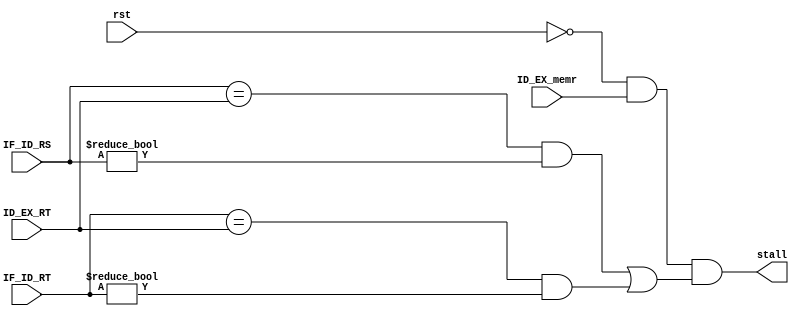
// 0317001_0310511
module Lw_Hazard_Detection(
    rst,
    IF_ID_RS,
    IF_ID_RT,
    ID_EX_RT,
    ID_EX_memr,
    stall
    );

input        rst;
input  [4:0] IF_ID_RS;
input  [4:0] IF_ID_RT;
input  [4:0] ID_EX_RT;
input        ID_EX_memr;

output       stall;

assign stall = !rst && ID_EX_memr
    && ( (IF_ID_RS==ID_EX_RT && IF_ID_RS!=0) || 
         (IF_ID_RT==ID_EX_RT && IF_ID_RT!=0) );

endmodule